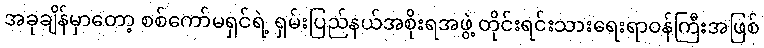
အခုချိန်မှာတော့ စစ်ကော်မရှင်ရဲ့ ရှမ်းပြည်နယ်အစိုးရအဖွဲ့ တိုင်းရင်းသားရေးရာဝန်ကြီးအဖြစ်